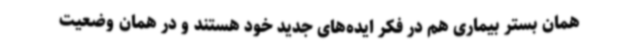
همان بستر بیماری هم در فکر ایده‌های جدید خود هستند و در همان وضعیت